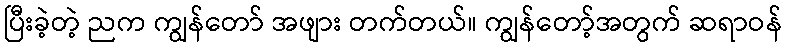
ပြီးခဲ့တဲ့ ညက ကျွန်တော် အဖျား တက်တယ်။ ကျွန်တော့်အတွက် ဆရာဝန်